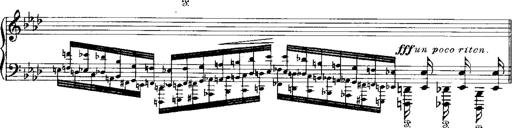
Title: Miserere du Trovatore
Composer: Franz Liszt